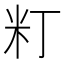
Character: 𥸧